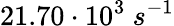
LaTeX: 21.70\cdot 10^{3}\ s^{-1}